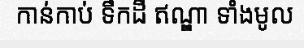
កាន់កាប់ ទឹកដី ឥណ្ឌា ទាំងមូល